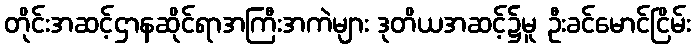
တိုင်းအဆင့်ဌာနဆိုင်ရာအကြီးအကဲများ ဒုတိယအဆင့်၌မူ ဦးခင်မောင်ငြိမ်း